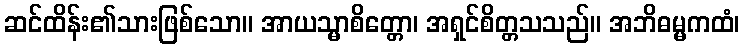
ဆင်ထိန်း၏သားဖြစ်သော။ အာယသ္မာစိတ္တော၊ အရှင်စိတ္တသသည်။ အဘိဓမ္မကထံ၊